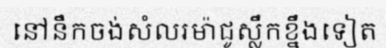
នៅនឹកចង់សំលរម៉ាជូស្លឹកខ្នឹងទៀត